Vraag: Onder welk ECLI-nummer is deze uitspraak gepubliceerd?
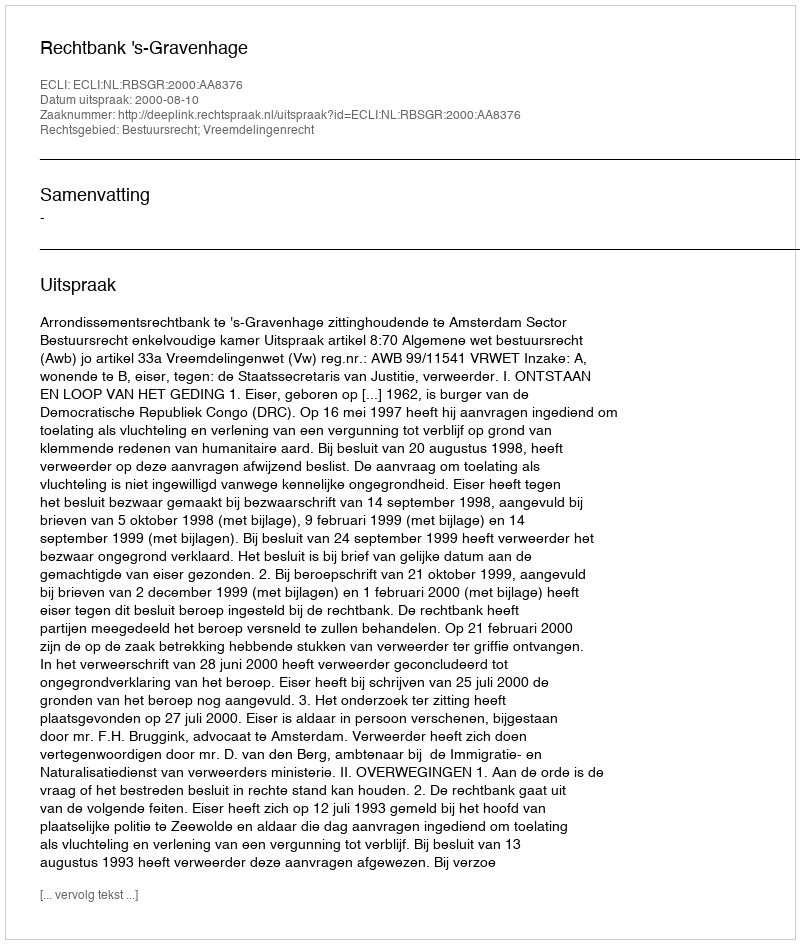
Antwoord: ECLI:NL:RBSGR:2000:AA8376